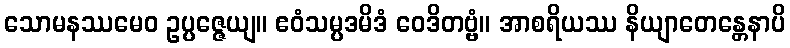
သောမနဿမေဝ ဥပ္ပဇ္ဇေယျ။ ဧဝံသမ္ပဒမိဒံ ဝေဒိတဗ္ဗံ။ အာစရိယဿ နိယျာတေန္တေနာပိ